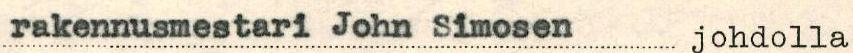
rakennusmestari John Simosen johdolla